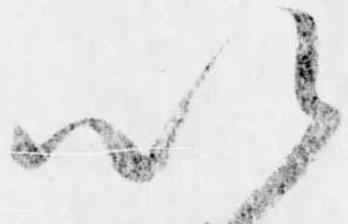
以